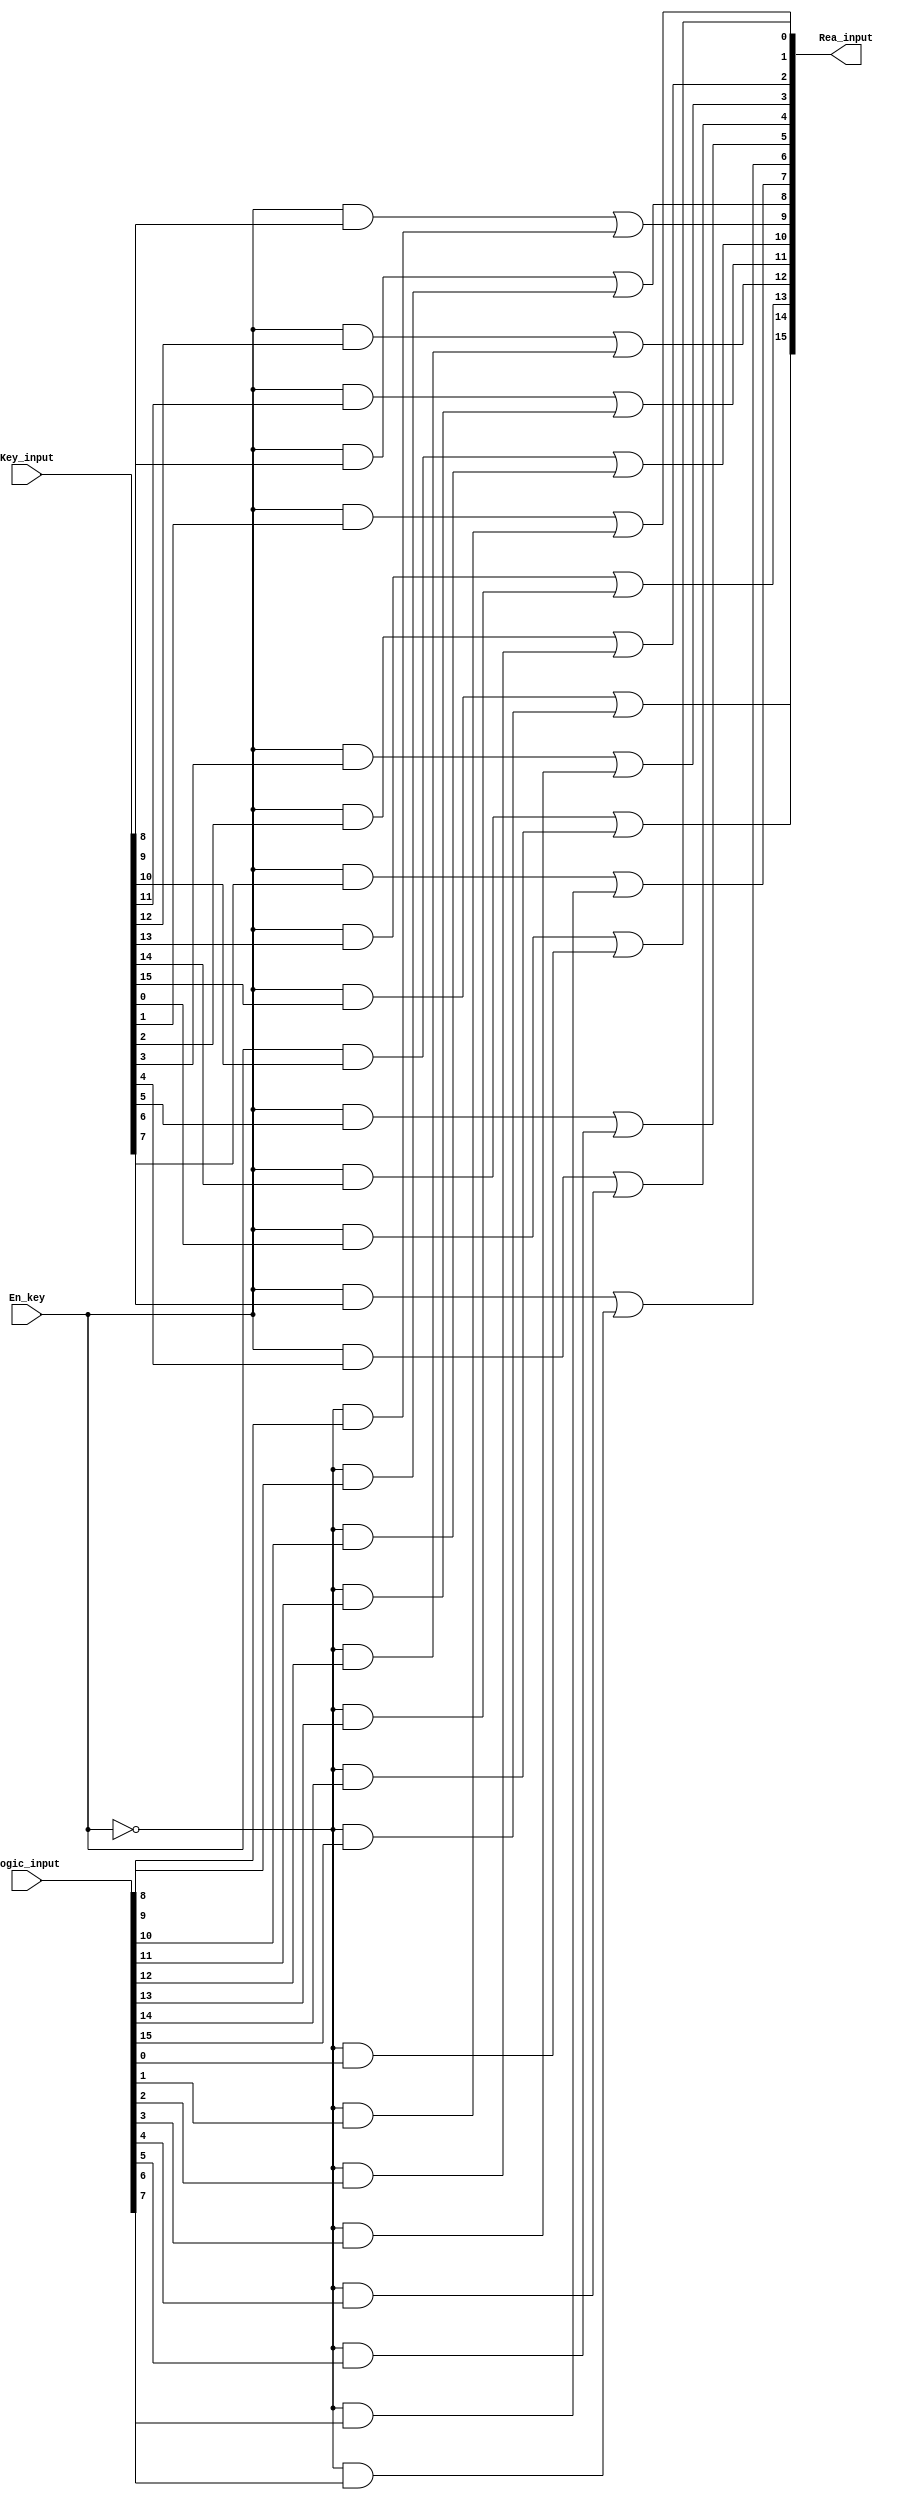
module Real_input(input En_key,input [15:0] Key_input,input [15:0] Logic_input,output [15:0] Rea_input);
assign Rea_input[0]=(En_key&Key_input[0])  | (~En_key&Logic_input[0]);
assign Rea_input[1]=(En_key&Key_input[1])  | (~En_key&Logic_input[1]);
assign Rea_input[2]=(En_key&Key_input[2])  | (~En_key&Logic_input[2]);
assign Rea_input[3]=(En_key&Key_input[3])  | (~En_key&Logic_input[3]);
assign Rea_input[4]=(En_key&Key_input[4])  | (~En_key&Logic_input[4]);
assign Rea_input[5]=(En_key&Key_input[5])  | (~En_key&Logic_input[5]);
assign Rea_input[6]=(En_key&Key_input[6])  | (~En_key&Logic_input[6]);
assign Rea_input[7]=(En_key&Key_input[7])  | (~En_key&Logic_input[7]);
assign Rea_input[8]=(En_key&Key_input[8])  | (~En_key&Logic_input[8]);
assign Rea_input[9]=(En_key&Key_input[9])  | (~En_key&Logic_input[9]);
assign Rea_input[10]=(En_key&Key_input[10])  | (~En_key&Logic_input[10]);
assign Rea_input[11]=(En_key&Key_input[11])  | (~En_key&Logic_input[11]);
assign Rea_input[12]=(En_key&Key_input[12])  | (~En_key&Logic_input[12]);
assign Rea_input[13]=(En_key&Key_input[13])  | (~En_key&Logic_input[13]);
assign Rea_input[14]=(En_key&Key_input[14])  | (~En_key&Logic_input[14]);
assign Rea_input[15]=(En_key&Key_input[15])  | (~En_key&Logic_input[15]);                             
endmodule